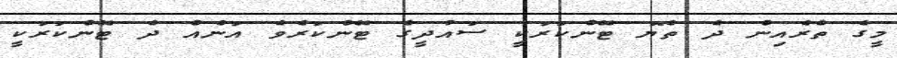
މީގެ ތެރެއިން ދެ ތެޔޮ ޓޭންކަރަކީ ސައުދީގެ ޓޭންކަރެވެ އަނެއް ދެ ޓޭންކަރަކީ